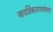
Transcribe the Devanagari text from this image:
आदर्शिकारानासोबत